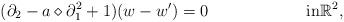
LaTeX: \begin{align*}(\partial_2 - a \diamond \partial_1^2 + 1) (w - w^{\prime}) & = 0 && \textrm{in} \mathbb{R}^2,\end{align*}